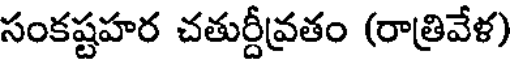
సంకష్టహర చతుర్దీవ్రతం (రాత్రివేళ)